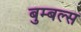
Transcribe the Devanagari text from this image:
बुम्बल्स